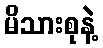
မိသားစုနဲ့